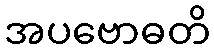
အပဗောဓတိ